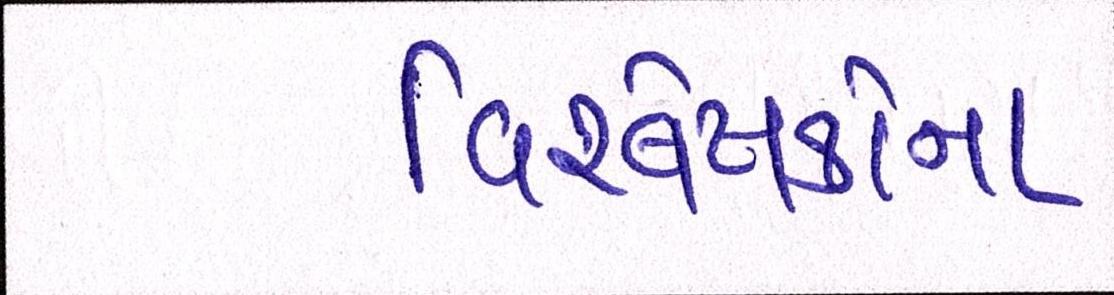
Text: વિશ્લેષકોના